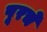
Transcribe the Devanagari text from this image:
पूरचे